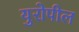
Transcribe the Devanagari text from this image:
युरोपील